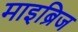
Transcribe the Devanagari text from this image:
माइब्रिज